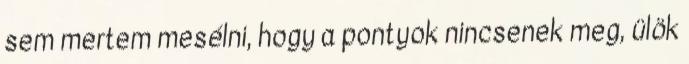
sem mertem mesélni, hogy a pontyok nincsenek meg, ülök